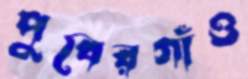
পুবেরগাঁও